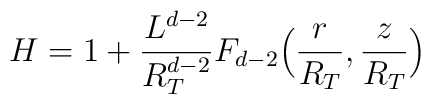
H = 1 + \frac{L^{d-2}}{R_T^{d-2}}F_{d-2} \Big( \frac{r}{R_T} , \frac{z}{R_T} \Big)